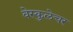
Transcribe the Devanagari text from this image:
वेस्कुलेचर